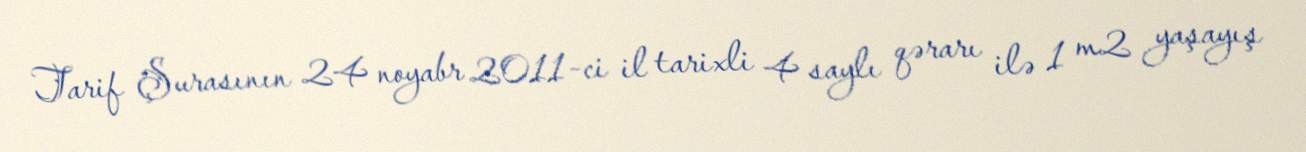
Tarif Şurasının 24 noyabr 2011-ci il tarixli 4 saylı qərarı ilə 1 m2 yaşayış